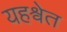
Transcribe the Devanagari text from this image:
यहश्वेत